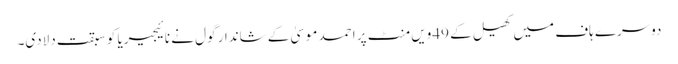
دوسرے ہاف میں کھیل کے 49ویں منٹ پر احمد موسیٰ کے شاندار گول نے نائیجیریا کو سبقت دلادی۔